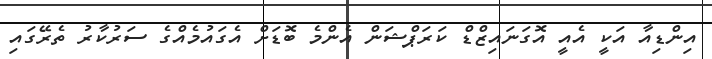
އިންޑިއާ އަކީ އެއީ އޮގަނައިޒްޑް ކަރަޕްޝަން އެންމެ ބޮޑަށް އެގައުމެއްގެ ސަރުކާރު ތެރޭގައި